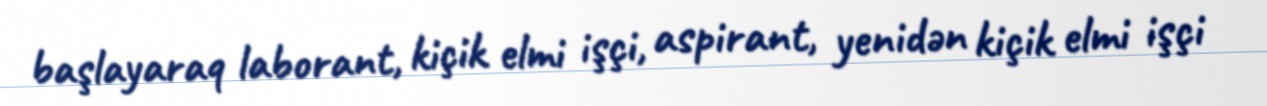
başlayaraq laborant, kiçik elmi işçi, aspirant, yenidən kiçik elmi işçi